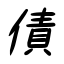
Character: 債